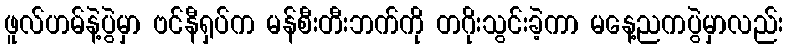
ဖူလ်ဟမ်နဲ့ပွဲမှာ ဗင်နီရှပ်က မန်စီးတီးဘက်ကို တဂိုးသွင်းခဲ့ကာ မနေ့ညကပွဲမှာလည်း